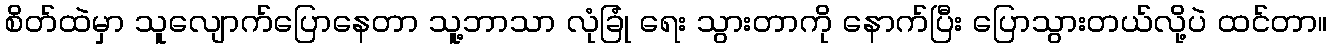
စိတ်ထဲမှာ သူလျောက်ပြောနေတာ သူ့ဘာသာ လုံခြုံ ရေး သွားတာကို နောက်ပြီး ပြောသွားတယ်လို့ပဲ ထင်တာ။